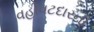
વહીવટદારની